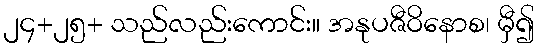
၂၄+၂၅+ သည်လည်းကောင်း။ အနုပဇီဝိနောစ၊ မှီ၍